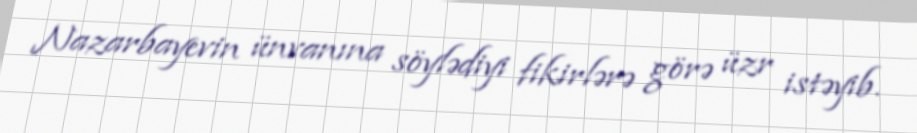
Nazarbayevin ünvanına söylədiyi fikirlərə görə üzr istəyib.